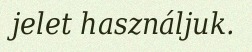
jelet használjuk.